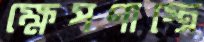
ক্ষেপণাস্ত্রে